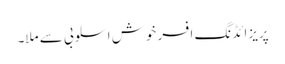
پریزائڈنگ افسر خوش اسلوبی سے ملا۔